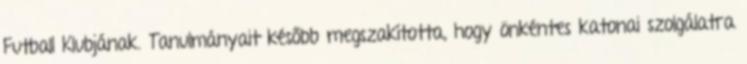
Futball Klubjának. Tanulmányait később megszakította, hogy önkéntes katonai szolgálatra